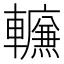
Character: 𰹪